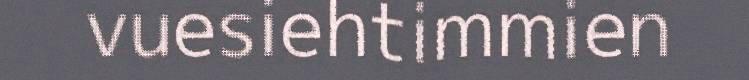
vuesiehtimmien